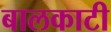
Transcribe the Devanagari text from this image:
बालकाटी